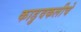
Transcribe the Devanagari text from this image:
काडुवकलीचे